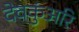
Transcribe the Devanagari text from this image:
देवकुंअरि